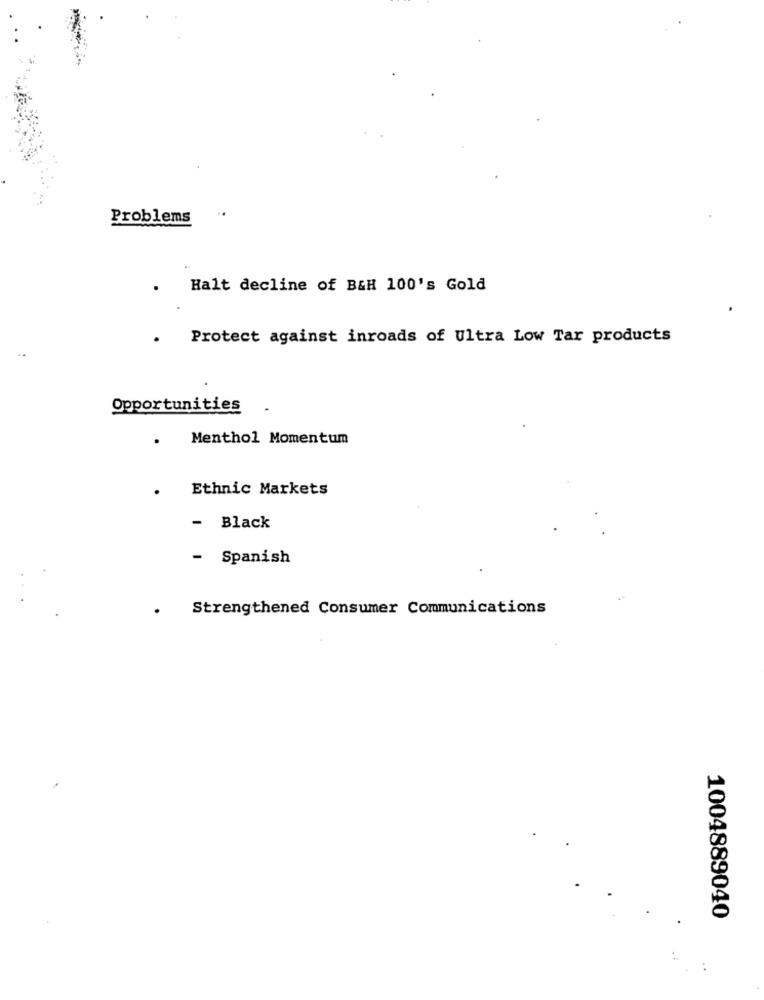
Problems
.
Halt decline of B&H 100's Gold
.
Protect against inroads of Ultra Low Tar products
Opportunities
.
Menthol Momentum
. Ethnic Markets
- Black
- Spanish
Strengthened Consumer Communications
1004889040
: